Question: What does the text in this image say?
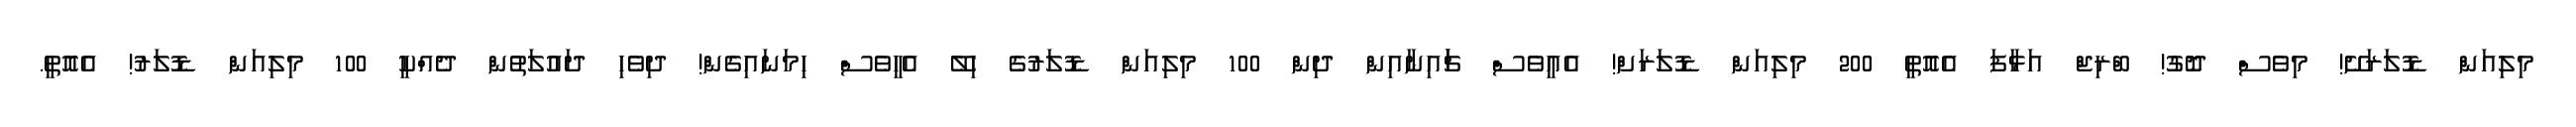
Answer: މިލިއަން ޑޮލަރަށޭ! މިވެސް ދޮގު! ބްރިޖް އަޅާފަ އެއޮތީ 200 މިލިއަން ޑޮލަރަށް! އެއީވެސް ޗަައިނާއިން ދިން 100 މިލިއަން ޑޮލަރުގެ ހިލޭ އެހީވެސް ހިމަނައިގެން! ދިވެހި ދައުލަތުން ދެއްކީ 100 މިލިއަން ޑޮލަރު! އެއޮތީ.